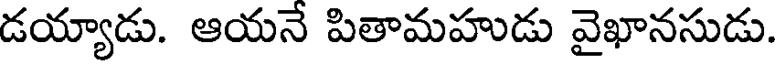
డయ్యాడు. ఆయనే పితామహుడు వైఖానసుడు.